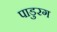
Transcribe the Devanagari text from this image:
पाडुरग